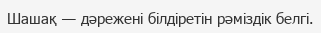
Шашақ — дәрежені білдіретін рәміздік белгі.